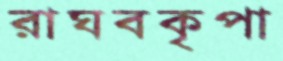
রাঘবকৃপা